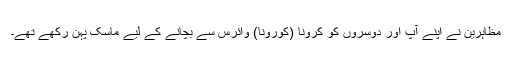
مظاہرین نے اپنے آپ اور دوسروں کو کرونا (کورونا) وائرس سے بچانے کے لیے ماسک پہن رکھے تھے۔